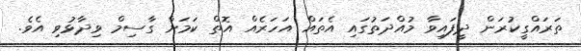
ތަރައްގީކުރަން ދީފައިވާ މުއްދަތުގައި އެތައް އަހަރެއް އޮތް ކަމަށް ގާސިމް ވިދާޅުވި އެވެ.